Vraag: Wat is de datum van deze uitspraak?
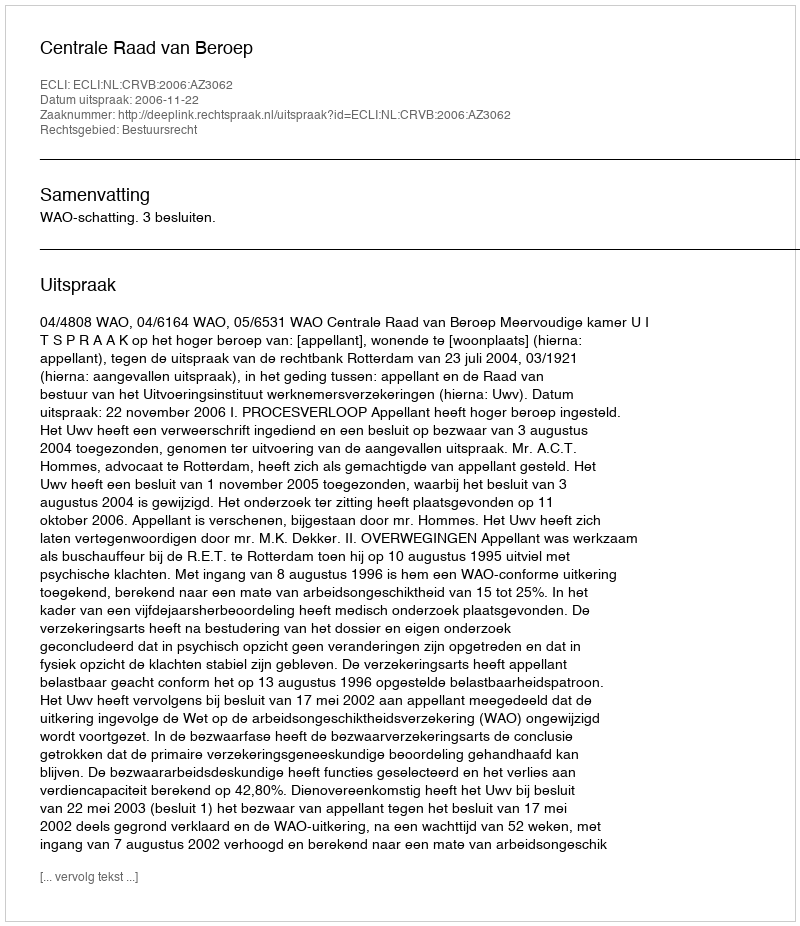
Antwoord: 2006-11-22